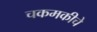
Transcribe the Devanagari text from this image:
चकमकीचे